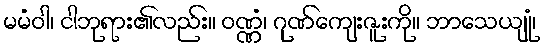
မမံဝါ၊ ငါဘုရား၏လည်း။ ဝဏ္ဏံ၊ ဂုဏ်ကျေးဇူးကို။ ဘာသေယျုံ၊